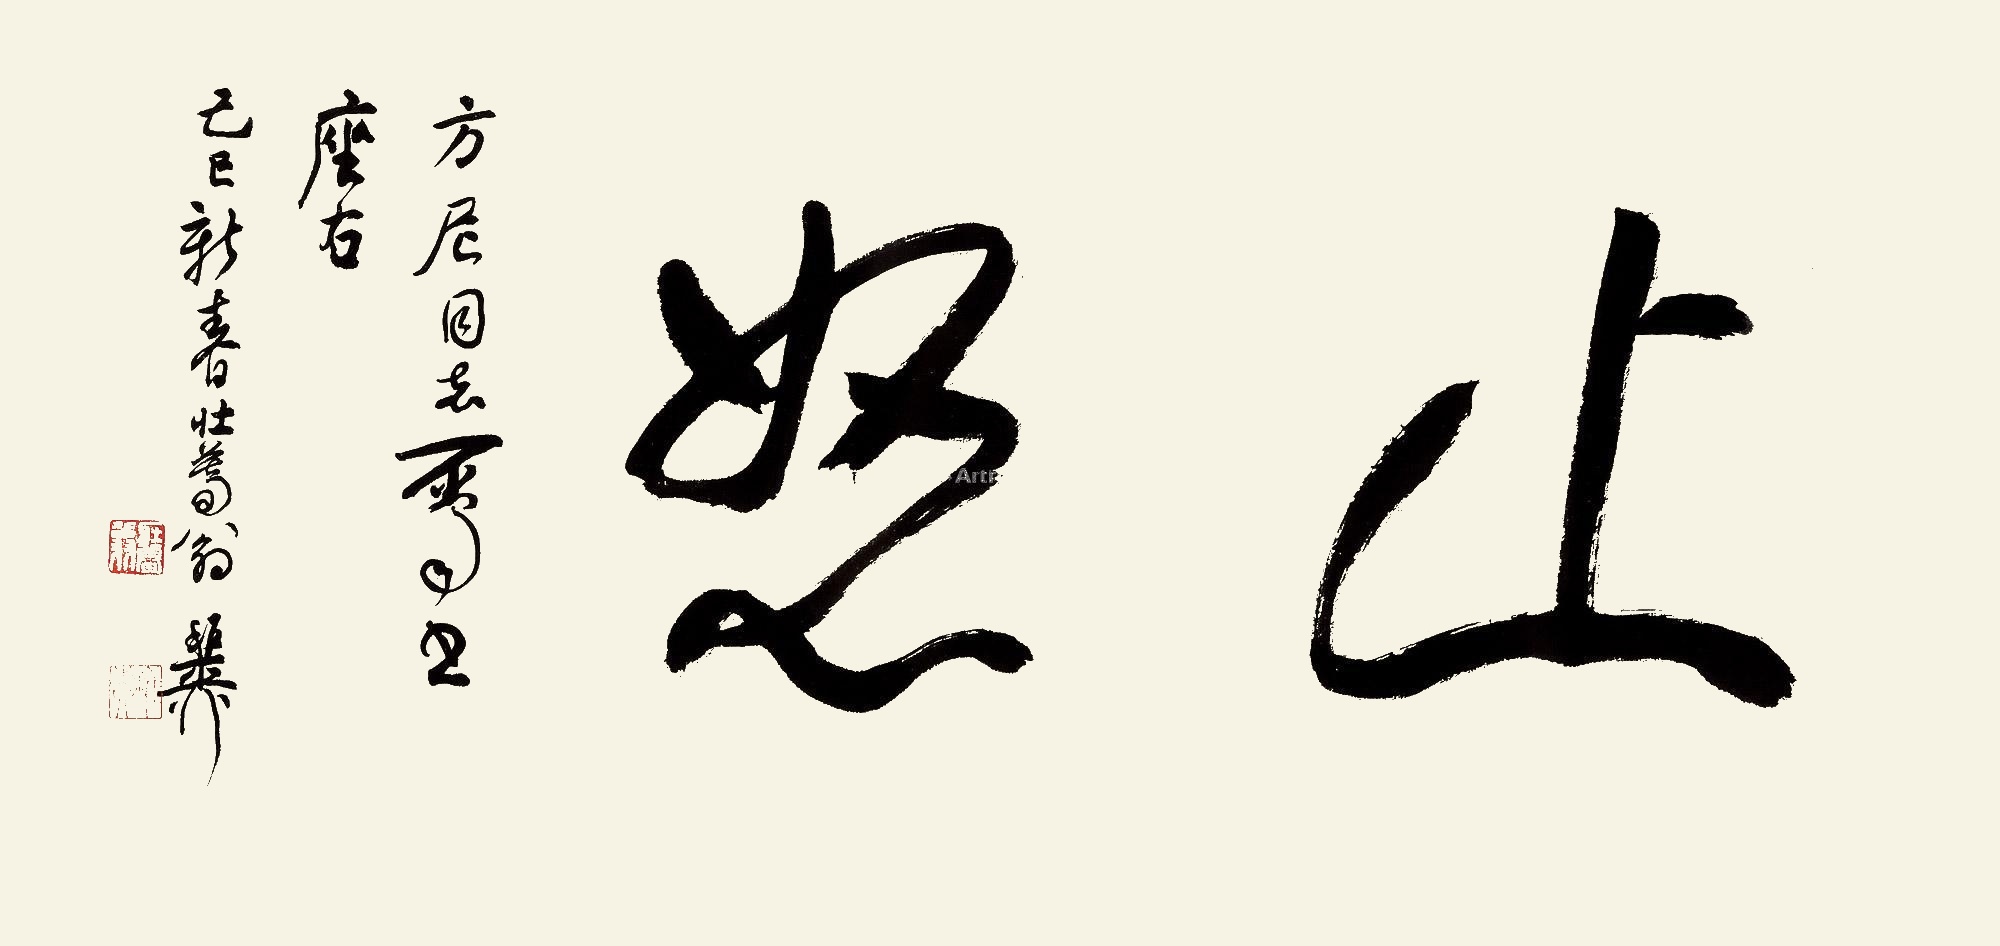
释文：止怒方尼同志属书座右。己巳新春，壮暮翁稚柳。